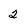
Character: 2